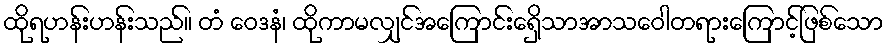
ထိုရဟန်းဟန်းသည်။ တံ ဝေဒနံ၊ ထိုကာမလျှင်အကြောင်းရှေိသာအာသဝေါတရားကြောင့်ဖြစ်သော